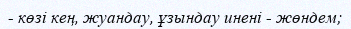
- көзі кең, жуандау, ұзындау инені - жөндем;